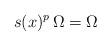
LaTeX: \begin{align*}s(x)^p\,\Omega=\Omega\end{align*}